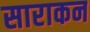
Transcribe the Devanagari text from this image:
साराकन